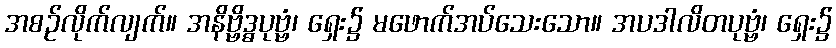
အစဉ်လိုက်လျက်။ အနိဗ္ဗိဒ္ဓပုဗ္ဗံ၊ ရှေး၌ မဖောက်အပ်သေးသော။ အပဒါလိတပုဗ္ဗံ၊ ရှေး၌